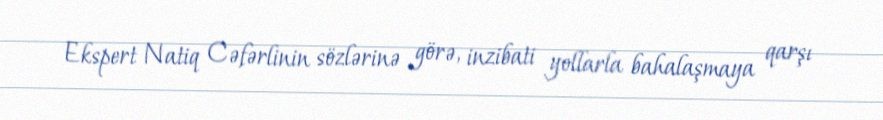
Ekspert Natiq Cəfərlinin sözlərinə görə, inzibati yollarla bahalaşmaya qarşı